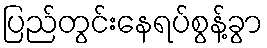
ပြည်တွင်းနေရပ်စွန့်ခွာ